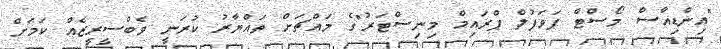
"އިންޑިއާސް މޯސްޓް ޕަވަފުލް ޕްރައިމް މިނިސްޓަރު"ގެ މައްޗަށް ތައްޔާރު ކުރަނީ ވެބްސީރީޒެއް ކަމަށް